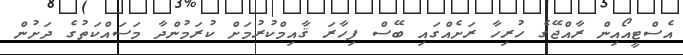
އެސްޓީއޯއިން ރާއްޖޭގެ ހުރިހާ ރަށެއްގައި ބޭސް ފިހާރަ ޤާއިމްކުރުމަށް ކުރަމުންދާ މަސައްކަތުގެ ދަށުން